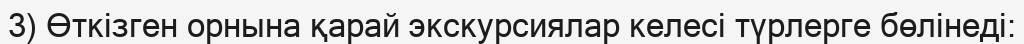
3) Өткізген орнына қарай экскурсиялар келесі түрлерге бөлінеді: